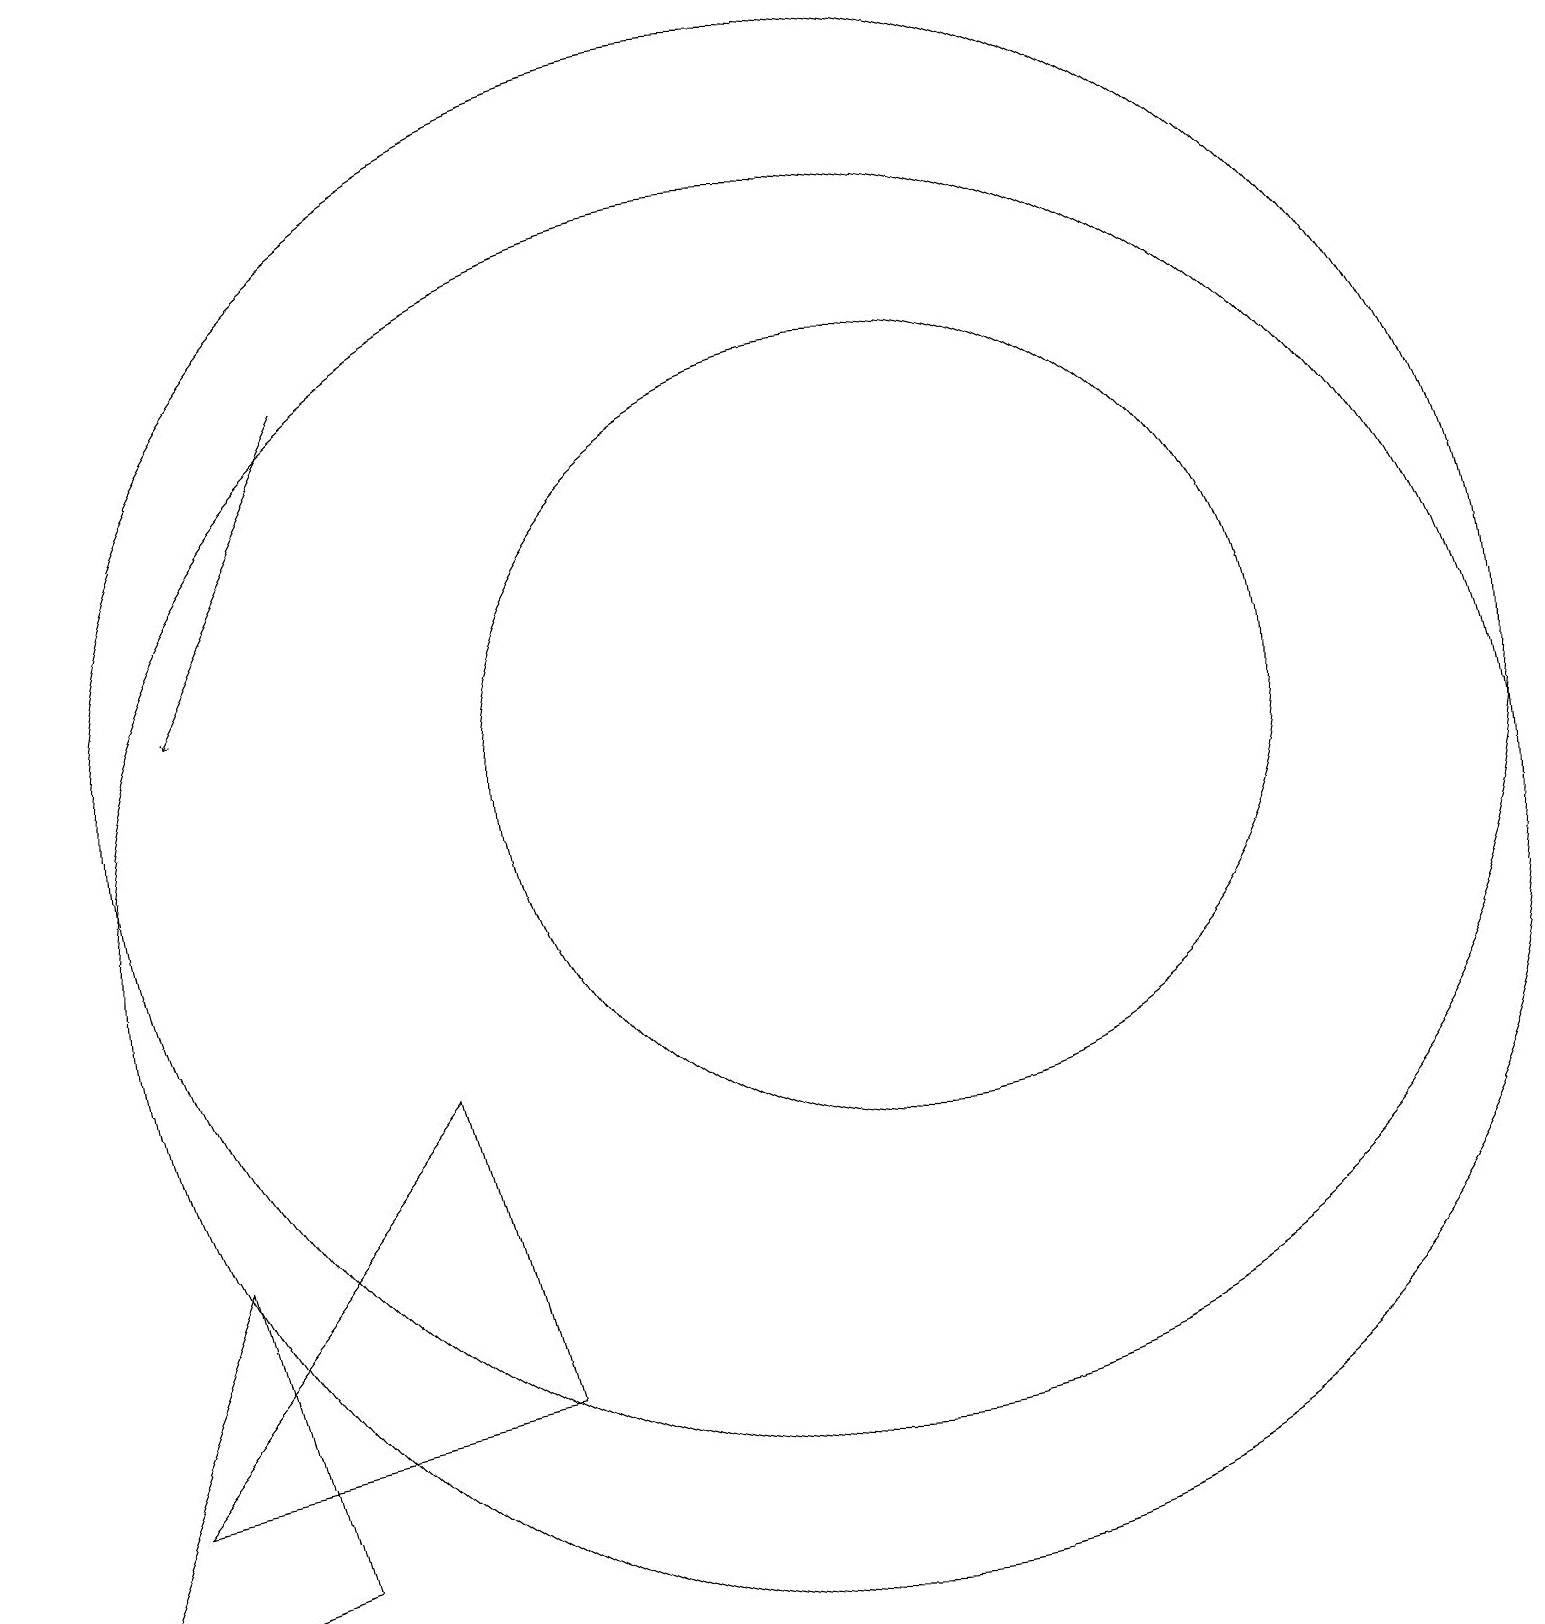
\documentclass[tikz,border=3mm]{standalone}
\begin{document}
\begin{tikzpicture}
\draw (2,6) -- (0,1) -- (3,2) -- cycle;
\draw (5,8) -- (6,4) -- (1,3) -- cycle;
\draw (10,12) circle (9);
\draw (10,10) circle (9);
\draw (11,12) circle (5);
\draw[->] (4,17) -- (2,13);
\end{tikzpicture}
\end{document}